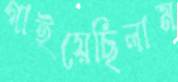
গাইয়েছিলাম